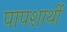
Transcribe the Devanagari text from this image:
पापशार्थी